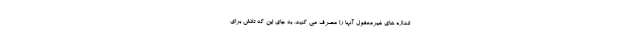
اندازه های غیرمعقول آنها را مصرف می کنید. به جای این که تلاش برای